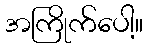
အကြိုက်ပေါ့။